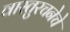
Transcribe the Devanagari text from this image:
वास्तुरचनेचे